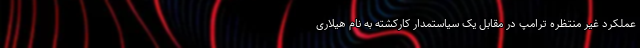
عملکرد غیر منتظره ترامپ در مقابل یک سیاستمدار کارکشته به نام هیلاری